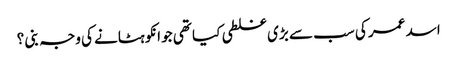
اسد عمر کی سب سے بڑی غلطی کیا تھی جو انکو ہٹانے کی وجہ بنی ؟